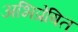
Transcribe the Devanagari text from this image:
अभिप्रेषित